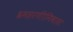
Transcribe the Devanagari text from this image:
श्रमहरणीनिवास